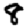
Digit: 8